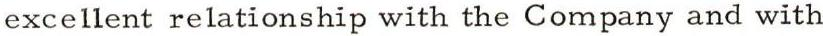
excellent relationship with the Company and with